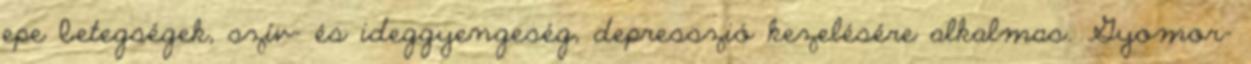
epe betegségek, szív- és ideggyengeség, depresszió kezelésére alkalmas. Gyomor-